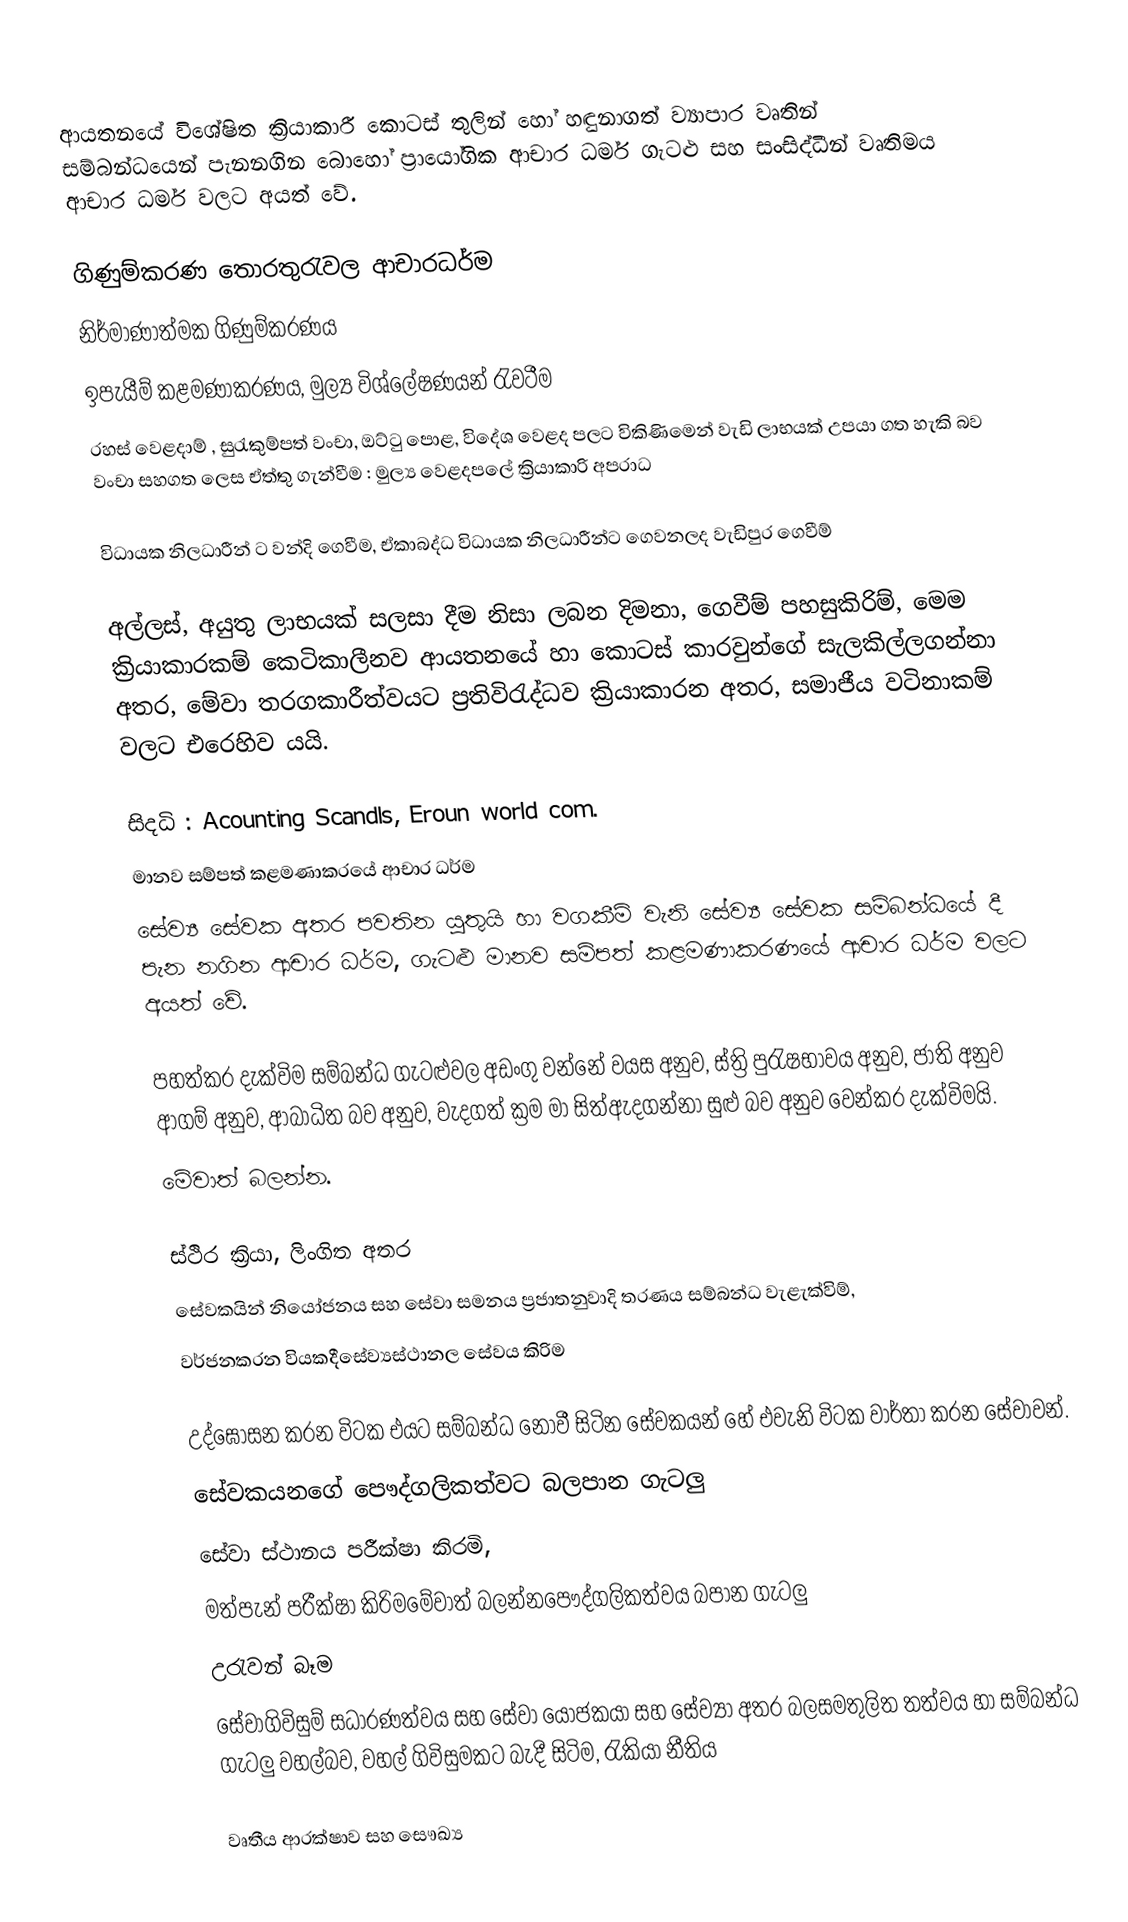
ආයතනයේ විශේෂිත ක්‍රියාකාරී කොටස් තුලින් හෝ හඳුනාගත් ව්‍යාපාර වෘතින් සම්බන්ධයෙන් පැනනගින බොහෝ ප්‍රායෝගික ආචාර ධර්ම ගැටළු සහ සංසිද්ධීන් වෘතිමය ආචාර ධර්ම වලට අයත් වේ.

ගිණුම්කරණ තොරතුරැවල ආචාරධර්ම
නිර්මාණාත්මක ගිණුම්කරණ‍ය
	ඉපැයීම් කළමණාකරණය, මුල්‍ය විශ්ලේෂණයන් රැවටීම
රහස් වෙළදාම් , සුරැකුම්පත් වංචා, ඔට්ටු පොළ, විදේශ වෙළද පලට විකිණිමෙන් වැඩි ලාභයක් උපයා ගත හැකි බව වංචා සහගත ලෙස ඒත්තු ගැන්වීම : මුල්‍ය වෙළද‍පලේ ක්‍රියාකාරි අපරාධ

විධායක නිලධාරීන් ට වන්දි ගෙවීම, ඒකාබද්ධ විධායක නිලධාරීන්ට ගෙවනලද වැඩිපුර ගෙවීම්

අල්ලස්, අයුතු ලාභයක් සලසා දීම නිසා ලබන දිමනා, ගෙවීම් පහසුකිරිම්, මෙම ක්‍රියාකාරකම් කෙටිකාලීනව ආයතනයේ හා කොටස් කාරවුන්ගේ සැලකිල්ලගන්නා අතර, මේවා තරගකාරීත්වයට ප්‍රතිවිරැද්ධව ක්‍රියාකාරන අතර, සමාජීය වටිනාකම් වලට එරෙහිව යයි.

සිදධි : Acounting  Scandls,	Eroun world com.
මානව සම්පත් කළමණාකරයේ ආචාර ධර්ම
සේව්‍ය සේවක අතර පවතින යුතුයි හා වගකීම් වැනි සේව්‍ය සේවක සම්බන්ධයේ දී පැන නගින ආචාර ධර්ම, ගැටළු මානව සම්පත් කළමණාකරණයේ ආචාර ධර්ම වලට අයත් වේ.

පහත්කර දැක්විම සම්බන්ධ ගැටළුවල අඩංගු  වන්නේ වයස අනුව, ස්ත්‍රි පුරැෂභාවය අනුව, ජාති අනුව ආගම් අනුව, ආබාධිත බව අනුව, වැදගත් ක්‍රම මා සිත්‍ඇදගන්නා සුළු බව අනුව වෙන්කර දැක්විමයි.
මේවාත් බලන්න.

ස්ථිර ක්‍රියා, ලිංගිත අතර
සේවකයින් නියෝජනය සහ සේවා සමනය ප්‍රජාතනුවාදි තරණය ‍සම්බන්ධ වැළැක්විම්,
වර්ජනකරන වියකදීසේව්‍යස්ථානල සේවය කිරිම

උද්ඝෝසන කරන විටක එයට සම්බන්ධ නොවී සිටින සේවකයන් හේ එවැනි විටක වාර්තා කරන සේවාවන්.
සේවකයනගේ ‍පෞද්ගලිකත්වට බලපාන ගැටලු
	සේවා ස්ථානය පරීක්ෂා කිරමි,
මත්පැන් පරීක්ෂා කිරිමමේවාත් බලන්නපෞද්ගලිකත්වය බපාන ගැටලු
උරැවන් බෑම
සේවාගිවිසුම් සධාරණත්වය සහ සේවා යෝජකයා සහ සේව්‍යා අතර බලසමතුලිත තත්වය හා සම්බන්ධ ගැටලු වහල්බව, වහල් ගිවිසුමකට බැදී සිටිම, රැකියා නීතිය

වෘතීය ආරක්ෂාව සහ සෞඛ්‍ය